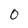
Character: 0